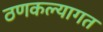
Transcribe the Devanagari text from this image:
ठणकल्यागत